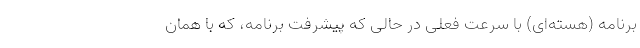
برنامه (هسته‌ای) با سرعت فعلی در حالی که پیشرفت برنامه، که با همان